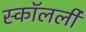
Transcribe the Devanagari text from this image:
स्कॉलर्ली